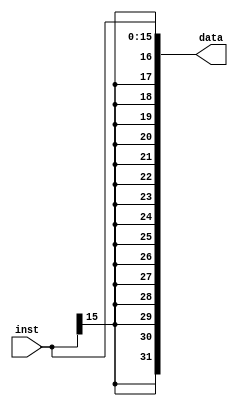
`timescale 1ns / 1ps
//////////////////////////////////////////////////////////////////////////////////
// Company: 
// Engineer: 
// 
// Design Name: 
// Module Name:    signExt 
// Project Name: 
// Target Devices: 
// Tool versions: 
// Description: 
//
// Dependencies: 
//
// Revision: 
// Revision 0.01 - File Created
// Additional Comments: 
//
//////////////////////////////////////////////////////////////////////////////////
module signExt(
    input [15:0] inst,
    output [31:0] data
    );
	 
	 assign data = $signed(inst);


endmodule